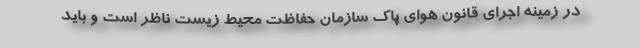
در زمینه اجرای قانون هوای پاک سازمان حفاظت محیط‌ زیست ناظر است و باید